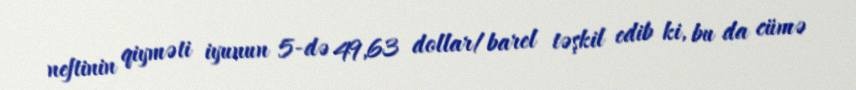
neftinin qiyməti iyunun 5-də 49,63 dollar/barel təşkil edib ki, bu da cümə